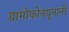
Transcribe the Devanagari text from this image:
ग्रामोफोनयूनानी